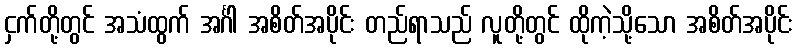
ငှက်တို့တွင် အသံထွက် အင်္ဂါ အစိတ်အပိုင်း တည်ရာသည် လူတို့တွင် ထိုကဲ့သို့သော အစိတ်အပိုင်း